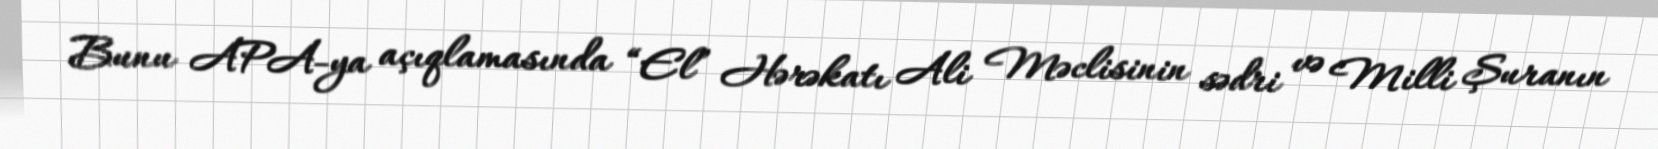
Bunu APA-ya açıqlamasında “El” Hərəkatı Ali Məclisinin sədri və Milli Şuranın